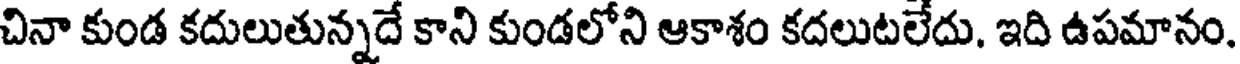
చినా కుండ కదులుతున్నదే కాని కుండలోని ఆకాశం కదలుటలేదు. ఇది ఉపమానం.